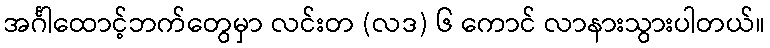
အင်္ဂါထောင့်ဘက်တွေမှာ လင်းတ (လဒ) ၆ ကောင် လာနားသွားပါတယ်။